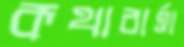
কথাবার্ত্তা